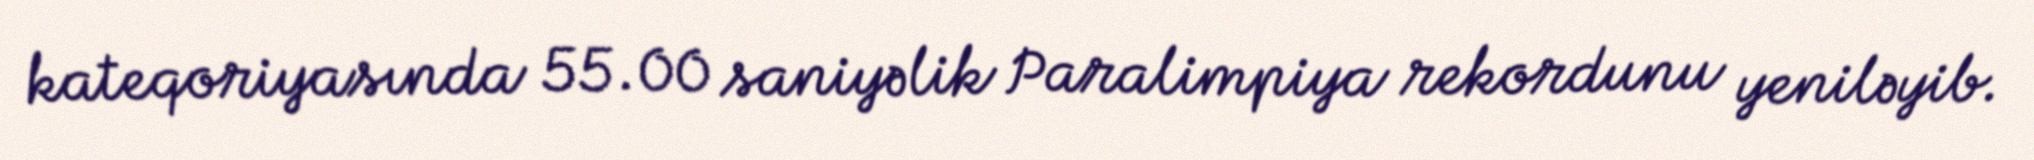
kateqoriyasında 55.00 saniyəlik Paralimpiya rekordunu yeniləyib.